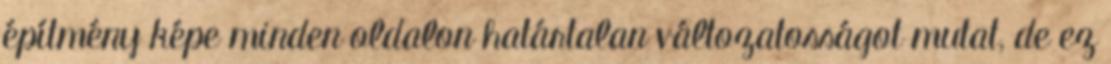
építmény képe minden oldalon határtalan változatosságot mutat, de ez